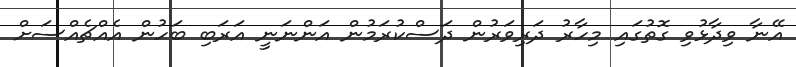
އޭނާ ވިދާޅުވި ގޮތުގައި މިހާރު ދަރިވަރުން ދަސްކުރަމުން އަންނަނީ އަރަބި ބަހުން އެއްޗެއްސަށް